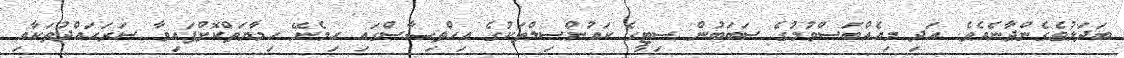
ބަދަލުވެގެންދާނެއެވެ. އަދި މިއެއްބަސްވުމުގެ ސަބަބުން ސިޓީގެ ކައުންސިލްތަކުގެ އިހްތިޞާސްގައި ހިމެނޭ ހިމާޔަތްކޮށްފައިވާ ސަރަޙައްދުތަކާއި